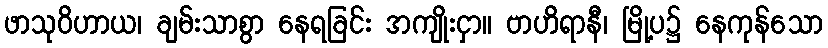
ဖာသုဝိဟာယ၊ ချမ်းသာစွာ နေရခြင်း အကျိုးငှာ။ ဗာဟိရာနီ၊ မြို့ပ၌ နေကုန်သော